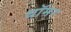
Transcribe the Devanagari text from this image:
थॉमर